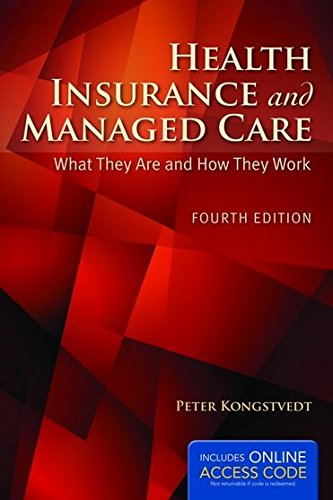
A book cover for Health Insurance And Managed Care: What They Are and How They Work; Peter R. Kongstvedt; Medical Books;